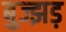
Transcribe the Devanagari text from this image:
बुज्झड़